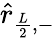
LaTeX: \hat{r}_{\frac{L}{2},-}